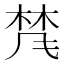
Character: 𱣨